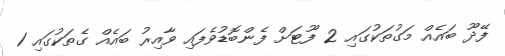
ފޭދޫ ބައެއް މަގުތަކުގައި 2 ފޫޓަށް ފެންބޮޑުވެފައި ވާއިރު ބައެއް ގެތަކުގައި 1